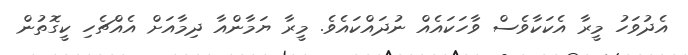
އެދުވަހު މީރާ އެކަކާވެސް ވާހަކައެއް ނުދައްކައެވެ. މީރާ ޔަމާންއާ ދިމާއަށް އެއްޗެހި ކީގޮތުން